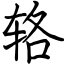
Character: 辂